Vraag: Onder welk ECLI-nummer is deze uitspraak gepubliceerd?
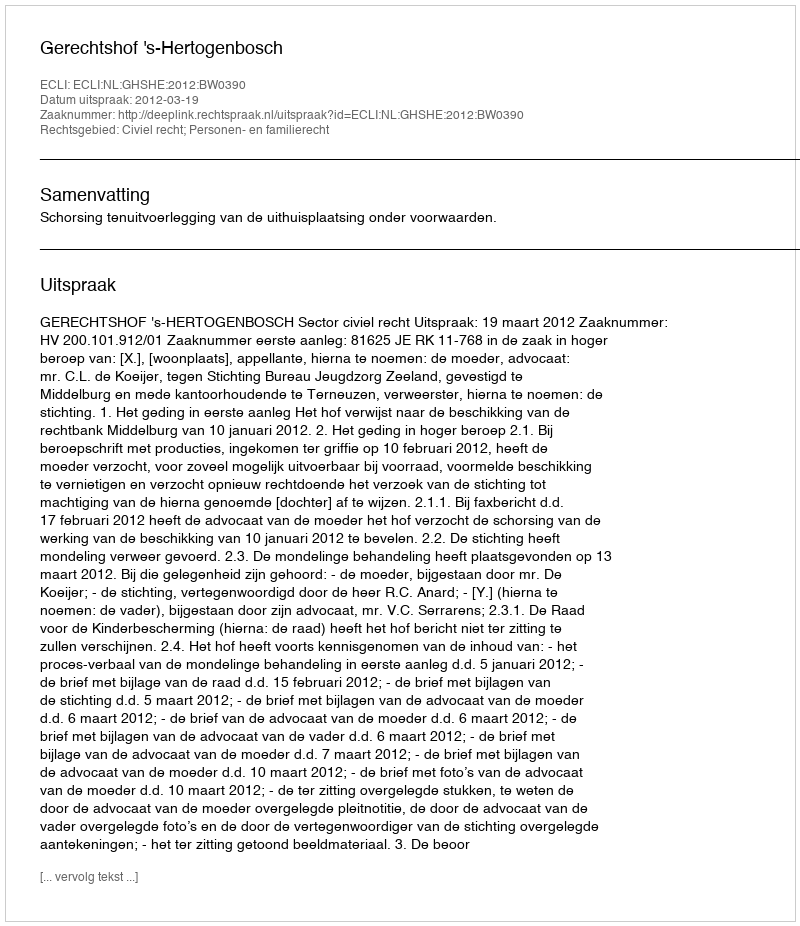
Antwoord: ECLI:NL:GHSHE:2012:BW0390